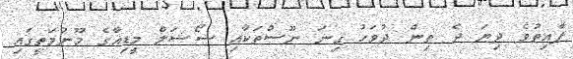
ފާއިތުވެ ދިޔަ ދެ ތިން ދުވަހު ގިނަ ނޫސްތަކާއި ސޯޝަލް މީޑިއާގެ މޫނުމަތީގައި